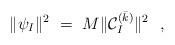
LaTeX: \begin{align*}\|\psi_{I}\|^{2} {}~=~ M\| {\cal C}_I^{(\bar k)}\|^2 \ \ ,\end{align*}